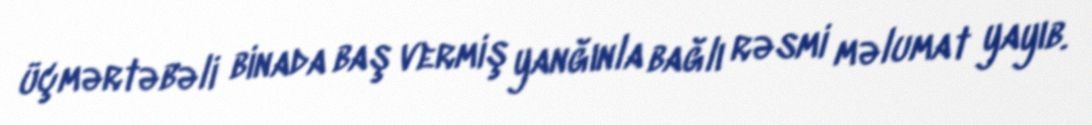
üçmərtəbəli binada baş vermiş yanğınla bağlı rəsmi məlumat yayıb.